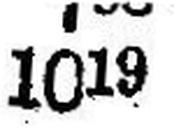
1019